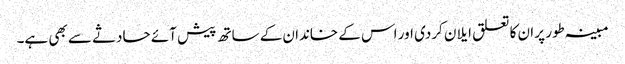
مبینہ طور پر ان کا تعلق ایلان کردی اور اس کے خاندان کے ساتھ پیش آئے حادثے سے بھی ہے۔